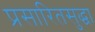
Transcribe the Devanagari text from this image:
प्रसारितसुद्धा